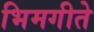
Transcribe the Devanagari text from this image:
भिमगीते